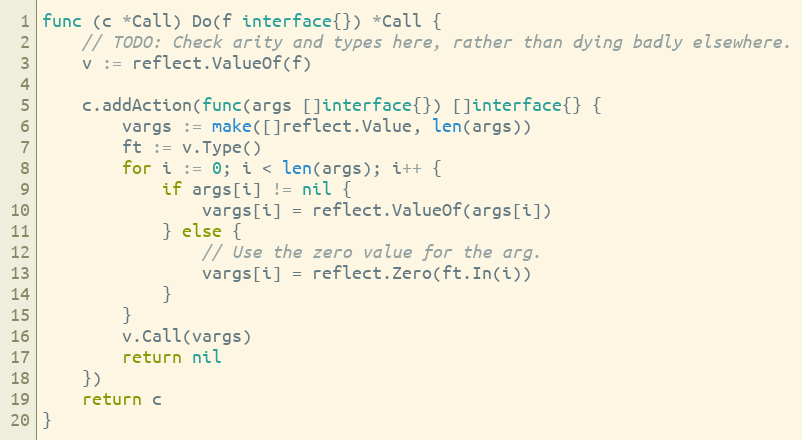
Language: Go
func (c *Call) Do(f interface{}) *Call {
	// TODO: Check arity and types here, rather than dying badly elsewhere.
	v := reflect.ValueOf(f)

	c.addAction(func(args []interface{}) []interface{} {
		vargs := make([]reflect.Value, len(args))
		ft := v.Type()
		for i := 0; i < len(args); i++ {
			if args[i] != nil {
				vargs[i] = reflect.ValueOf(args[i])
			} else {
				// Use the zero value for the arg.
				vargs[i] = reflect.Zero(ft.In(i))
			}
		}
		v.Call(vargs)
		return nil
	})
	return c
}